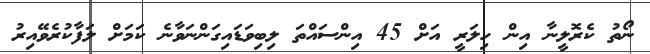
ނޯތު ކެރޮލީނާ އިން ހިލަރީ އަށް 45 އިންސައްތަ ލިބިވަޑައިގަންނަވާނެ ކަމަށް ލަފާކުރެވޭއިރު